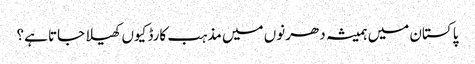
پاکستان میں ہمیشہ دھرنوں میں مذہب کارڈ کیوں کھیلا جاتا ہے؟